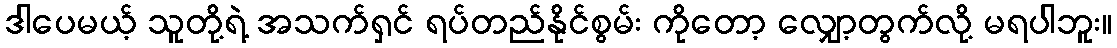
ဒါပေမယ့် သူတို့ရဲ့ အသက်ရှင် ရပ်တည်နိုင်စွမ်း ကိုတော့ လျှော့တွက်လို့ မရပါဘူး။